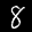
Label: 8